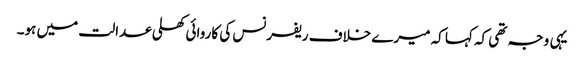
یہی وجہ تھی کہ کہا کہ میرے خلاف ریفرنس کی کاروائی کھلی عدالت میں ہو۔